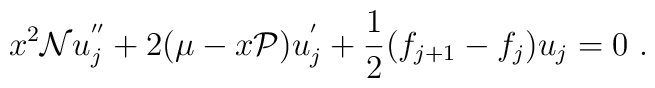
x^2 {\cal N} u_j^{''} + 2(\mu - x{\cal P}) u_j^{'}  + \frac{1}{2} (f_{j+1} - f_j) u_j = 0\ .